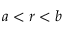
a < r < b